V__Kingissepa_nim__kolhoos, lk 79
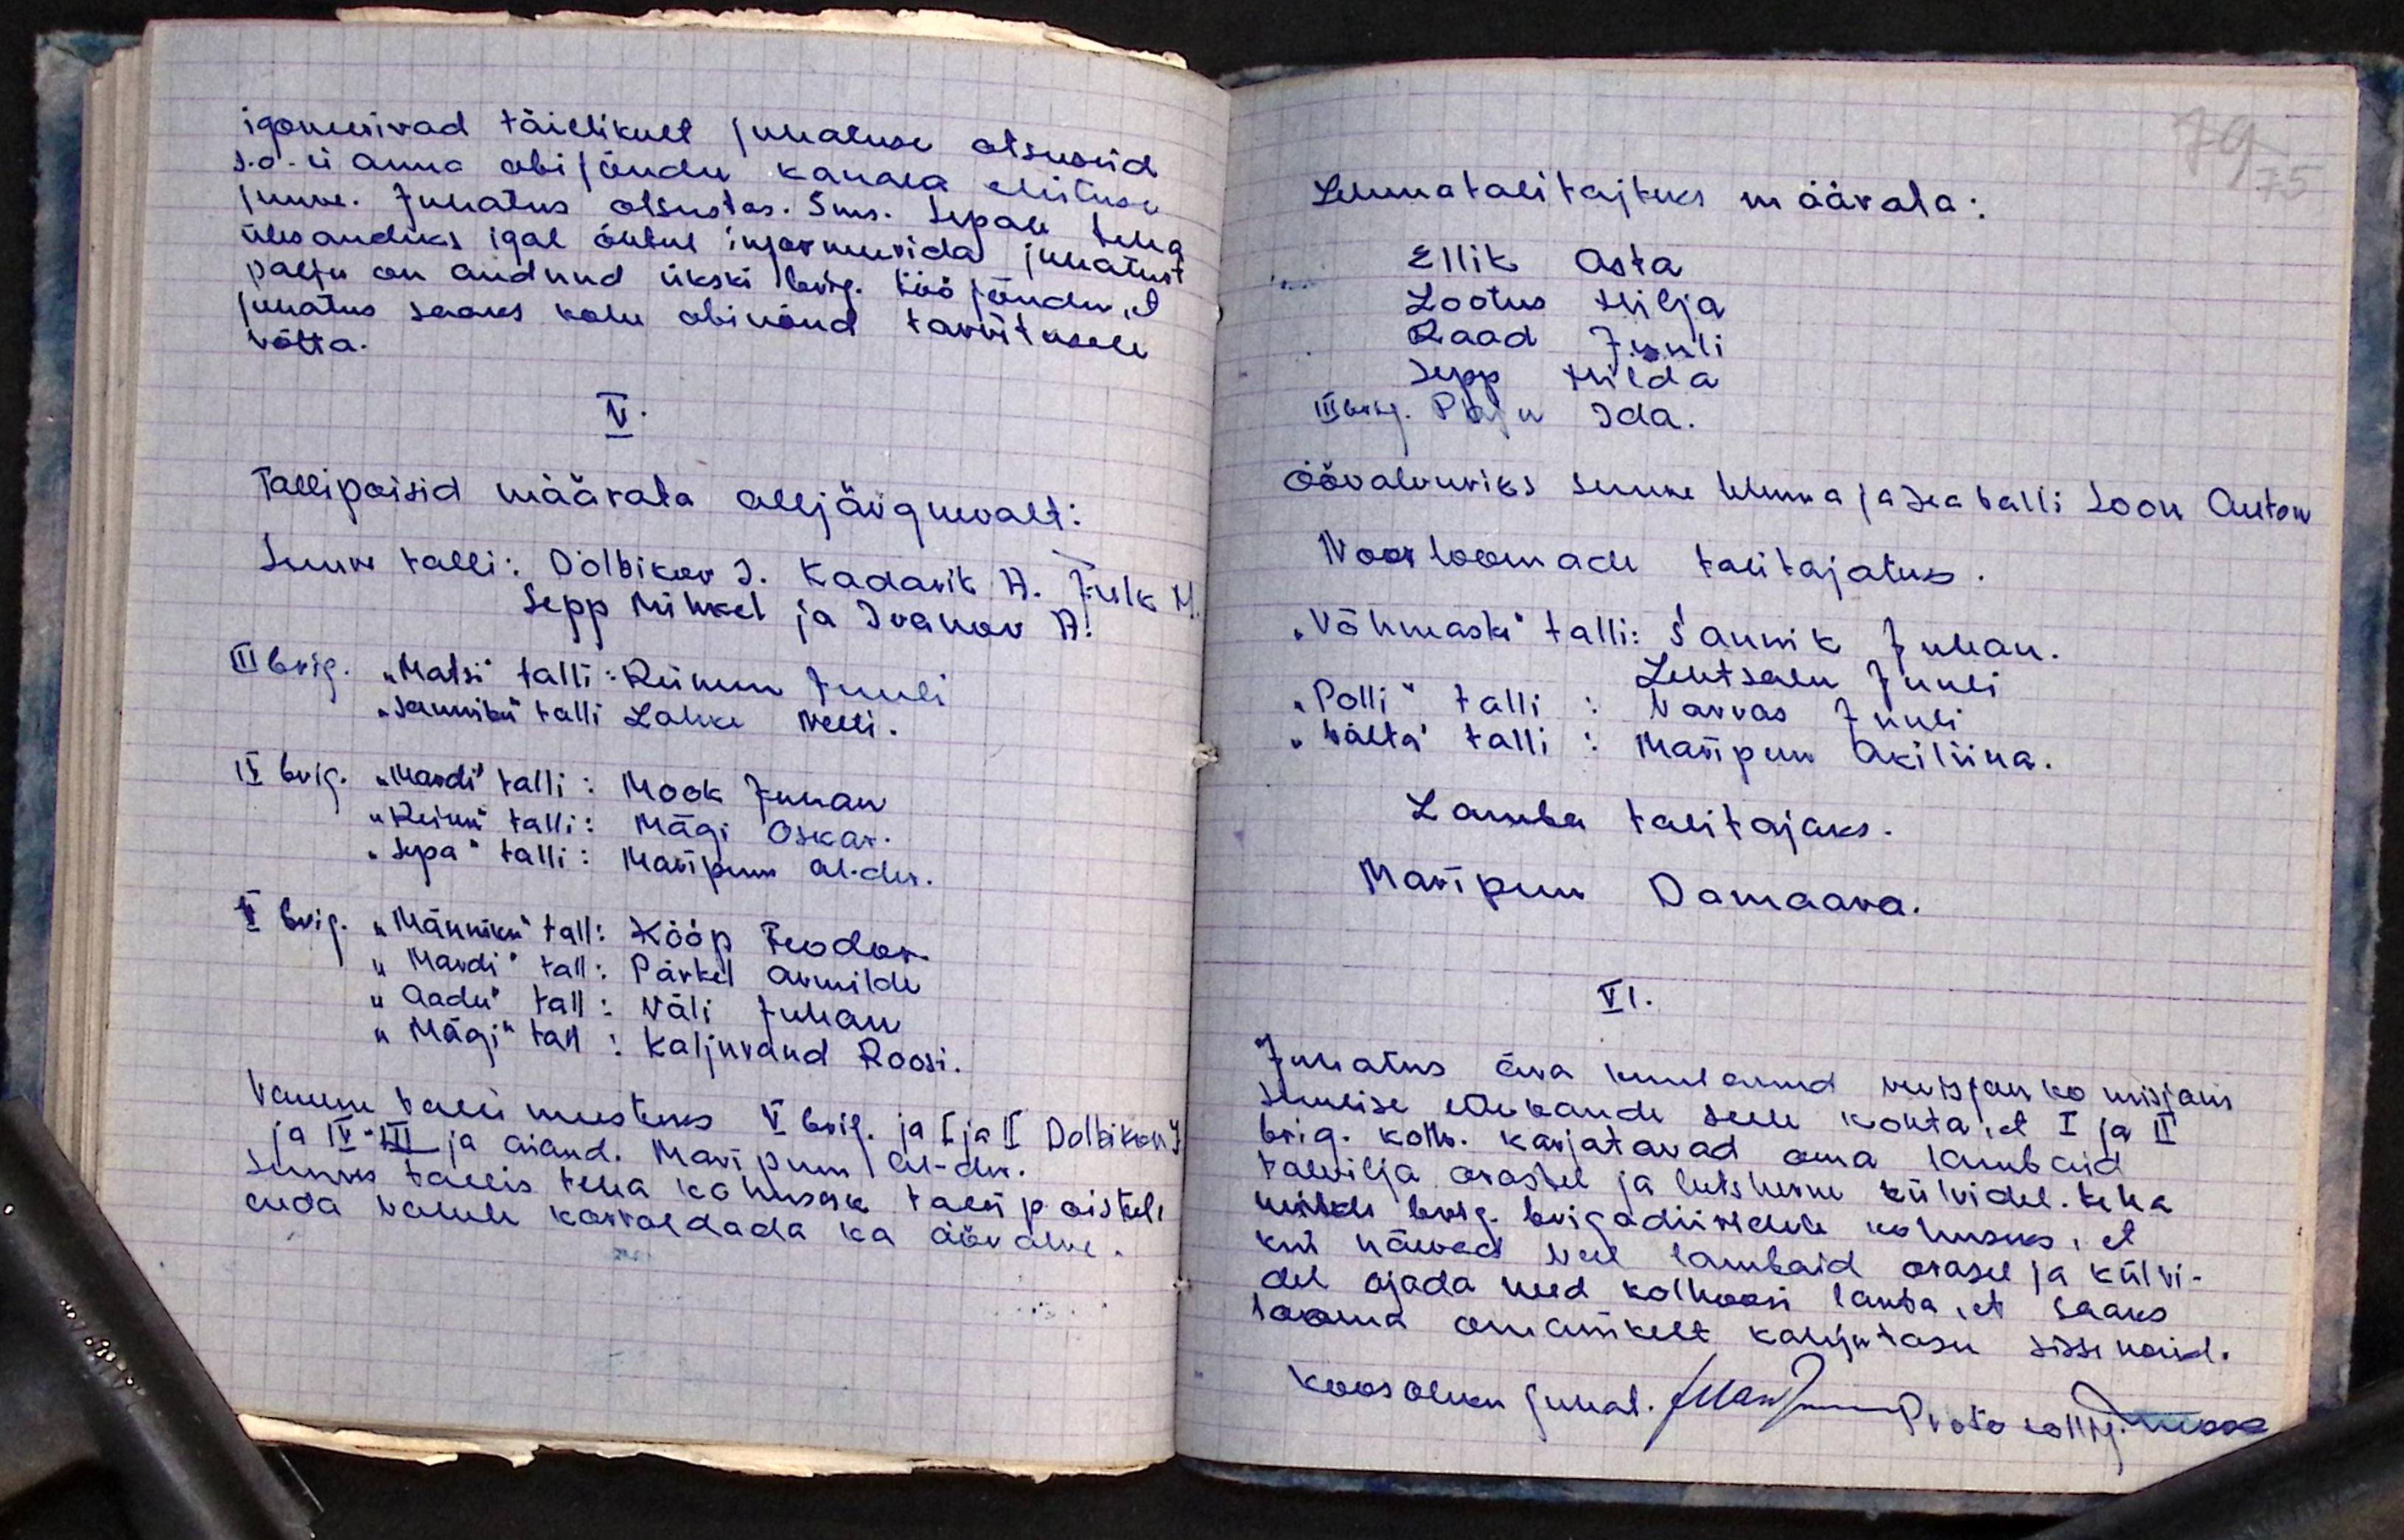
igoneerivad täielikult juhatuse otsuseid
s.o ei anna abijõudu kanala ehituse
juure. Juhatus otsustas. Sms. Sepale tuua
ülesandeks igal õhtul informeerida juhatust
palju on andnud ükski brig. töö jõudu, et
juhatus saaks kohe abinõud tarvitusele
võtta.
V.
Tallipoisid määrata alljärgnevalt:
Suure talli: Dolbikov J. Kadarik A. Tulk M.
Sepp Mihkel ja Ivanov A.
III brig. "Matsi" talli: Reinem Juuli
"Sanniku" talli Lahke Meeti.
IV brig. "Mardi" talli: Mook Juhan
"Reinu" talli: Mägi Oskar.
"Sера" talli : Maripuu Al-der.
II brig. "Männiku" tall: Kööp Teodor.
"Mardi" tall: Pärkel Armilde
"Aadu" tall : Väli Juhan
"Mägi" tall: Kaljurand Roosi.
Vanem valli meesteks V. brig. ja I ja II Dolbikov J.
ja IV-III ja aiand. Maripuu  Al-der.
Suures tallis teha kohuseks talli poistele
enda vahele korraldada ka öövalve.

79 75
Linnatalitajaks määrata:
Ellik Asta
Lootus Hilja
Raad Juuli
Sepp Hilda
III brig. Paju Ida
Öövalvuviks suure lehma ja sea talli Soon Anton
Noorloomade talitajateks.
"Võhmaski" talli: Saunik Juhan.
Lehtsalu Juuli
"Polli" talli: Varvas Juuli
"vätta" talli : Maripuu Akiliina.
Lamba talitajaks.
Maripuu Damaara
VI.
Juhatus ära kuulanud revisjon komisjoni
suulise ettekande selle kohta, et I ja II
brig. kolh. karjatavad oma lambaid
talivilja aastel ja lutshunu külvidel. teha
mikli brig. brigadiiridele kohusus, et
kui näevad veel lambaid orasel ja külvi-
del ajada need kolhoosi lauta, et saaks
looma omanikelt kahjutasu sissenõud.
Koosoleku juhat. Jürri muid Protokollij. mööd